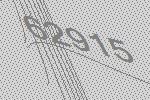
62915